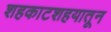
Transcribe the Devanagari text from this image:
शहकाटशहयातून